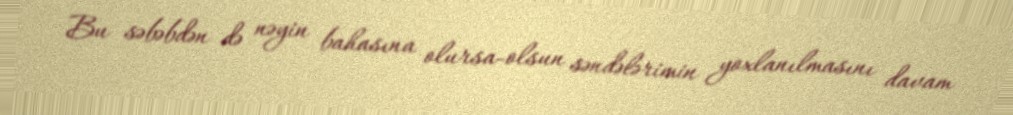
Bu səbəbdən də nəyin bahasına olursa-olsun səndələrimin yoxlanılmasını davam